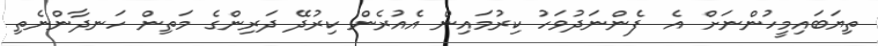
ތިޔަބައިމީހުންނަށް އެ  ފެންނަދުވަހު ކިރުމައިން އެއުރެން ކިރުދޭ ދަރިންގެ މަތިން ހަނދާންނެތި